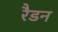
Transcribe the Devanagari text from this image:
रैडन